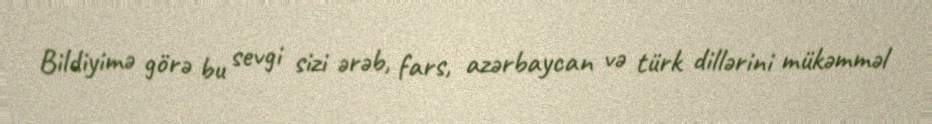
Bildiyimə görə bu sevgi sizi ərəb, fars, azərbaycan və türk dillərini mükəmməl